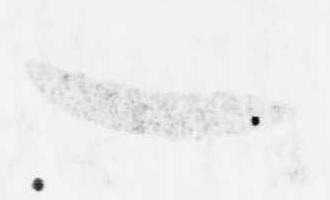
一